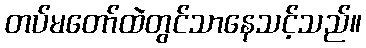
တပ်မတော်ထဲတွင်သာနေသင့်သည်။